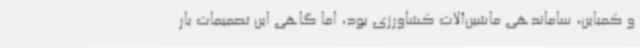
و کمباین، ساماندهی ماشین‌آلات کشاورزی بود، اما گاهی این تصمیمات بار